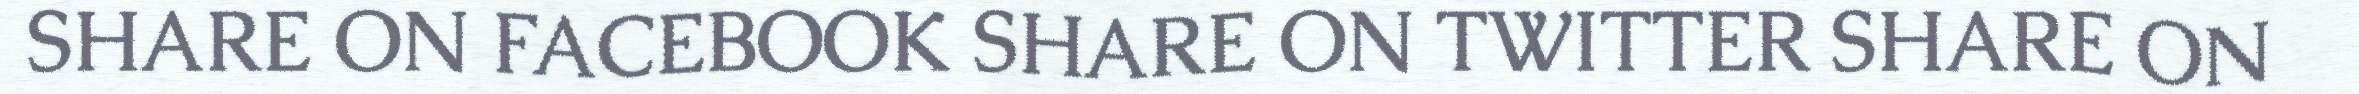
SHARE ON FACEBOOK SHARE ON TWITTER SHARE ON